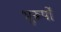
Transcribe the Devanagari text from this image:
भूरूपों